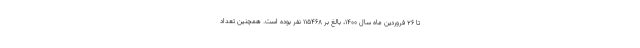
تا ۲۶ فروردین ماه سال ۱۴۰۰، بالغ بر ۱۱۵۴۶۸ نفر بوده است. همچنین تعداد